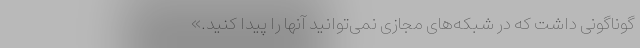
گوناگونی داشت که در شبکه‌های مجازی نمی‌توانید آنها را پیدا کنید.»